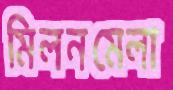
মিলনমেলা